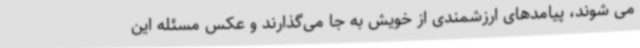
می شوند، پیامدهای ارزشمندی از خویش به جا می‌گذارند و عکس مسئله این